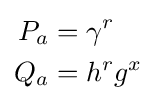
{\begin{aligned}P_{a}&=\gamma ^{r}\\Q_{a}&=h^{r}g^{x}\end{aligned}}